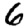
Digit: 6